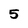
Character: 5